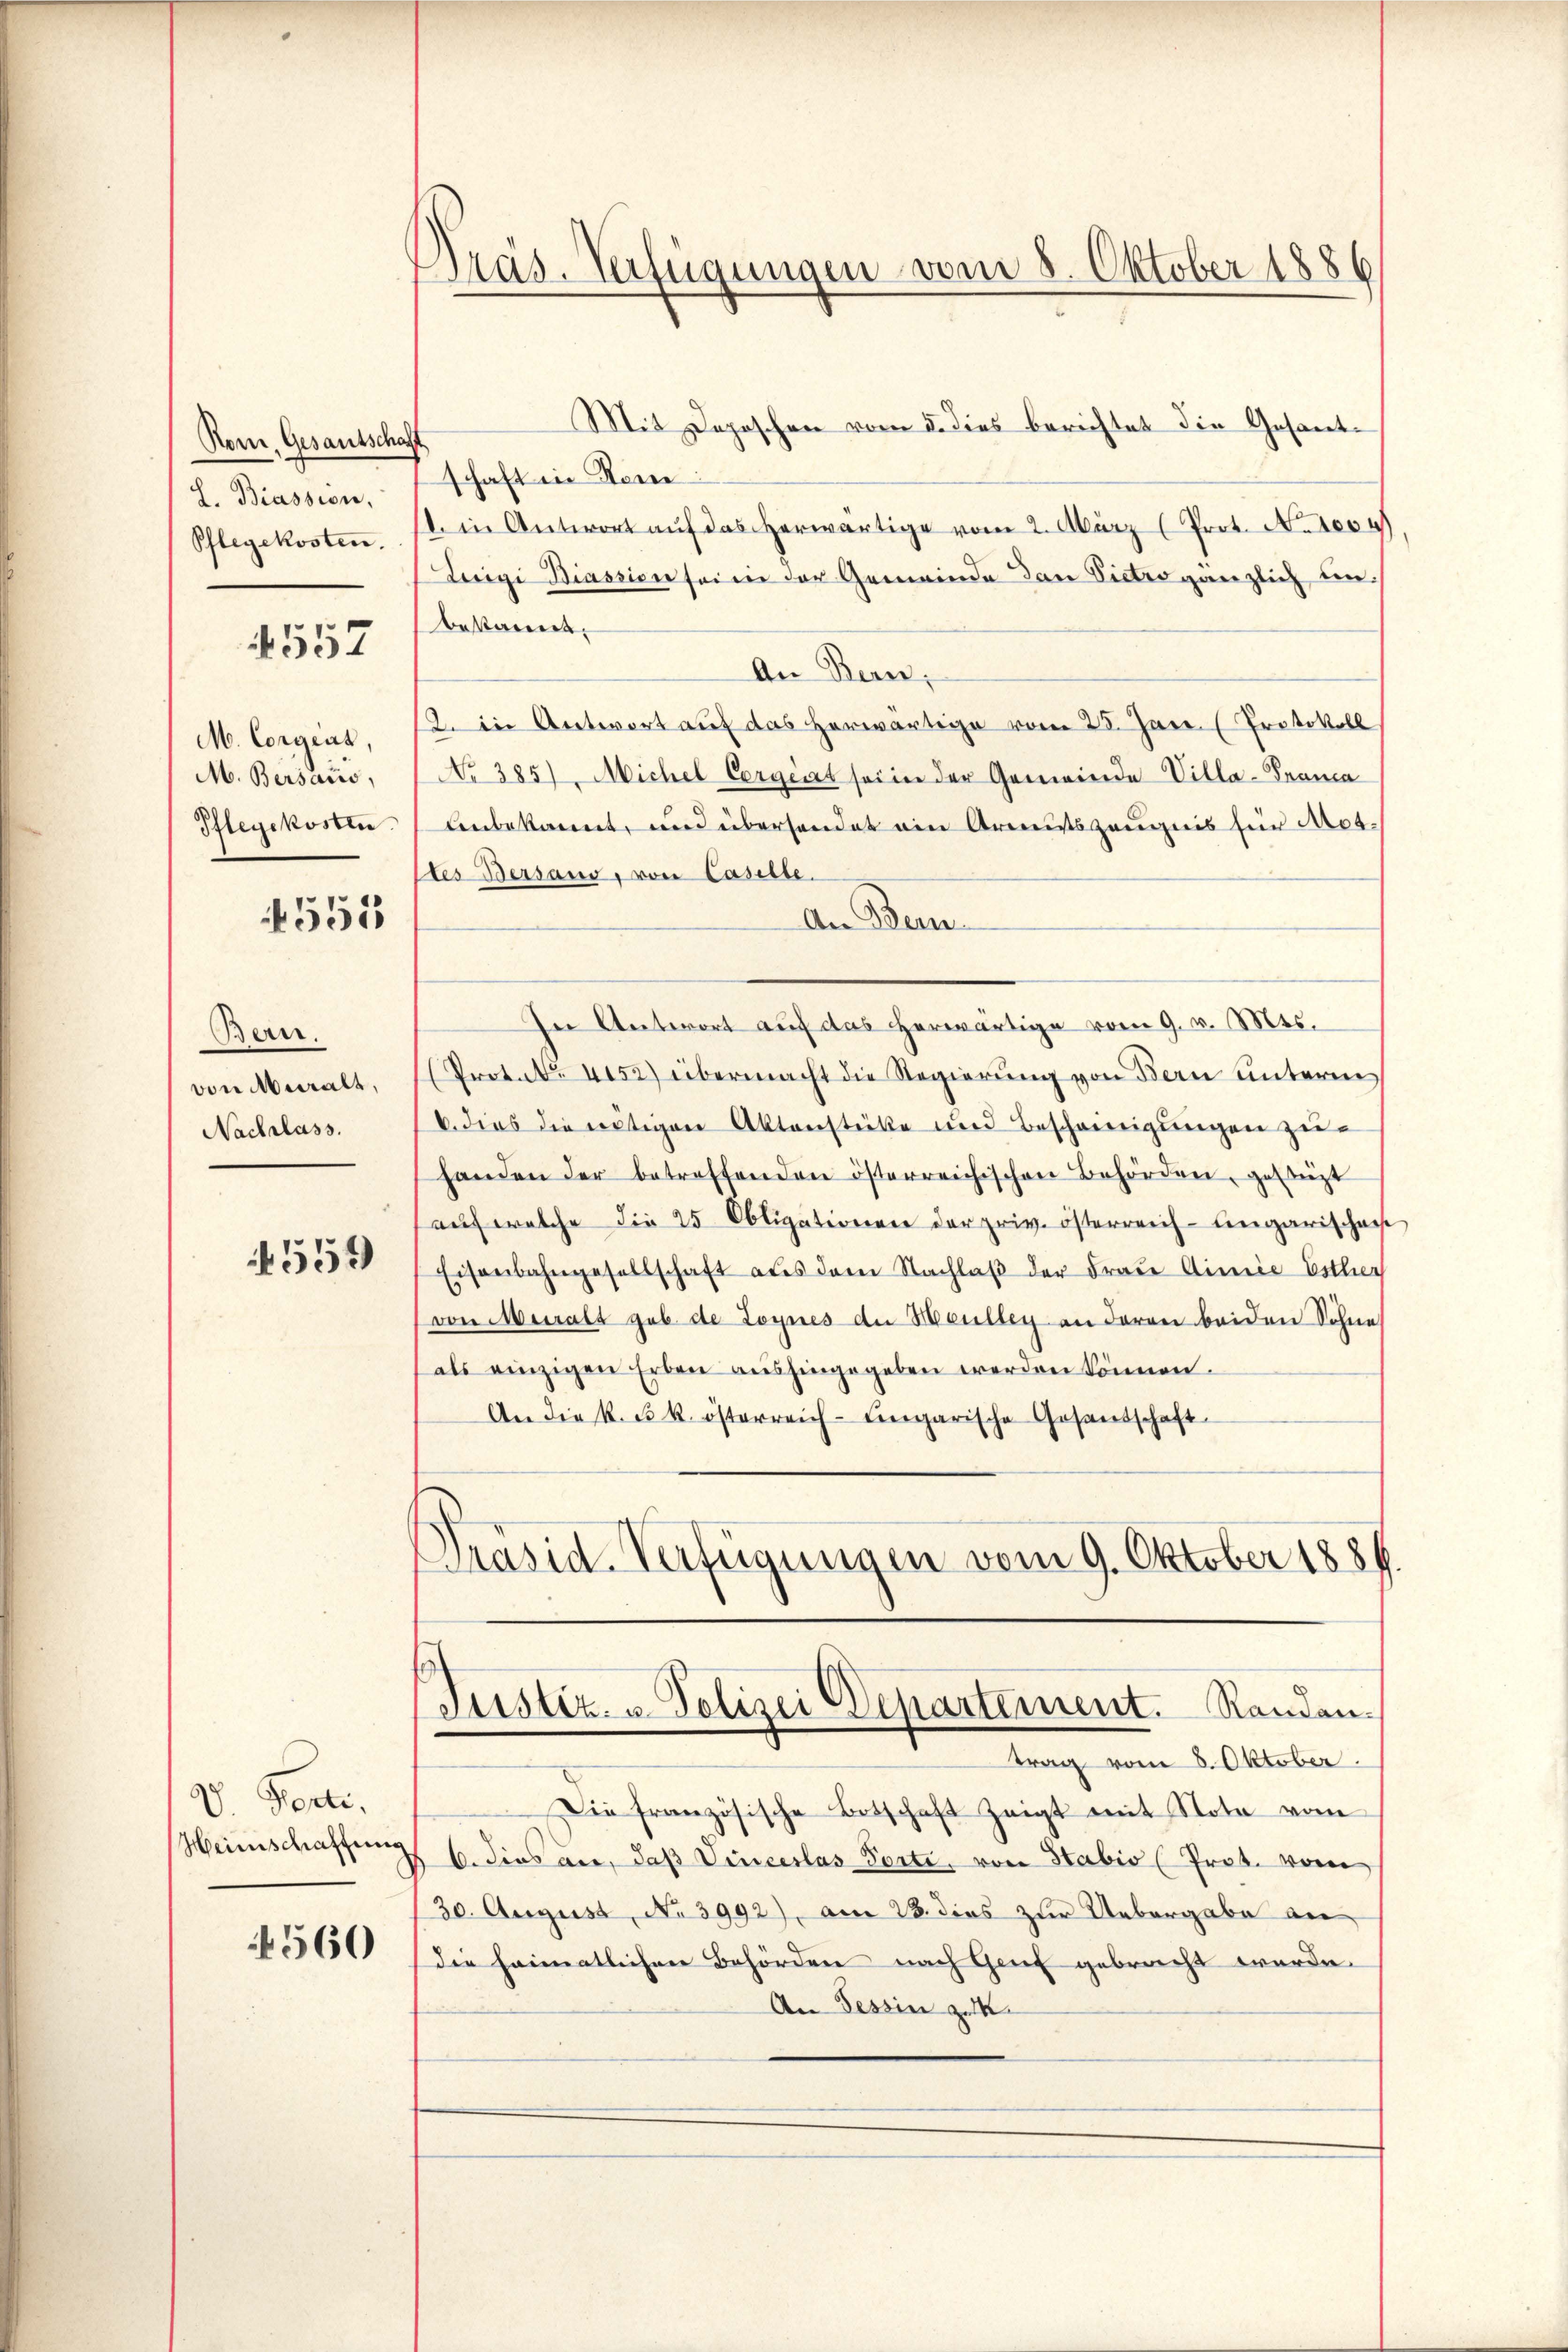
Rom. Gesantschaft
L. Biassion,
Pflegekosten.

4557

M. Corgens,
M. Bersams,
Pflegekosten.

555

Ben.
von Muralt,
Nachlass.

4559

V Ferti.
Heimschaffung

4560

Präs. Verfügungen vom 8. Oktober 1886

Mit Depeschen vom 5. dies berichtet die Gesandschaft in Kem
. in Antwort aŭf das herwärtige vom 2. März (Prot. N. 1004)
Luigi Biassion seine der Gemeinde dan Pietro gänzlich einbekannt.
An Bern,
2. in Antwort auf das herwärtige vom 25. Jan (Protokoll
No 385) Michel Corgiat sei in der Gemeinde Villa-Prama
Unbekannt, und übersendet ein Armutszeugnis für Art.
des Bersano, von Caselle.
An Bern.
In Antwort auf das herwärtige vom 9. v. Mts.
Protol. 4152) übermacht die Regierŭng von Bern unterm
b. dies die nötigen Aktenstücke und Bescheinigungen zuhanden der betreffenden österreichischen Behörden, gestüzt
auf welche die 25 Obligationen der priv. österreich-ungarischen
Eisenbahngesellschaft aus dem Nachlaβ der Frau dimie Esther
von Muralt geb. de Loynes der Heulley an deren beiden Söhne
als einzigen Erben aŭshingegeben werden können.
An die k. u. k. österreich-Eingarische Gesandschaft
Präsid-Verfügungen vom 9. Oktober 1881.

trag vom 8. Oktober.
Die französische Botschaft zeigt mit Nota vom
6. dies an, daß Vinceslas Torte, von Stabis (Prot. vom
30. August, No 3992), am 28. dies zur Uebergabe an
die heimatlichen Behörden nach Genf gebracht werde.
An Tessin zu

Justiz- u. Polizei Departement. Randan¬